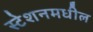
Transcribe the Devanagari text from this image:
स्टेशनमधील